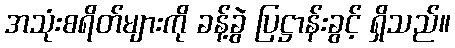
အသုံးစရိတ်များကို ခန့်ခွဲ ပြဋ္ဌာန်းခွင့် ရှိသည်။